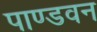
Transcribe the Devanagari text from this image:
पाण्डवन